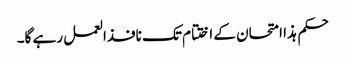
حکم ہذا امتحان کے اختتام تک نافذالعمل رہے گا۔